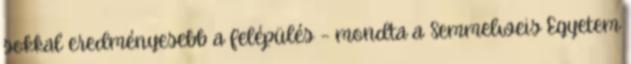
sokkal eredményesebb a felépülés – mondta a Semmelweis Egyetem